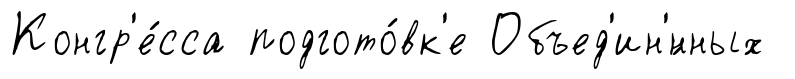
Конгр'е́сса подгото́вк'е Объед'ин'́нных